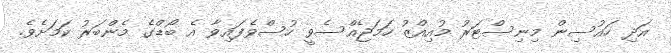
އަދި ހައުސިން މިނިސްޓަރު މުއިއްޒު ހަމަޖެއްސެވީ ހުސްވެފައިވާ އެ ބޯޑްގެ މެންބަރު ކަމަށެވެ.